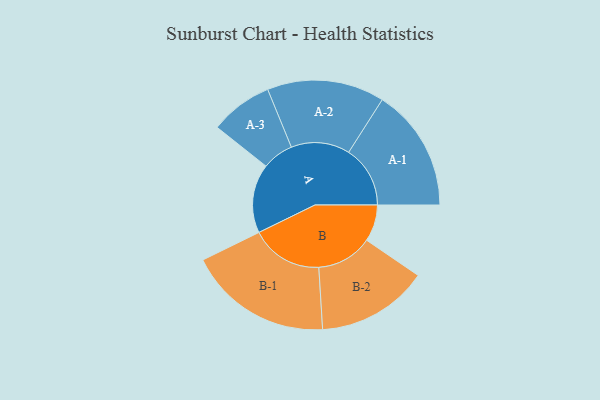
{"axis": {"x": "Segment", "y": "Value"}, "legend": ["", "A", "B"], "data": [{"x": "A", "y": 220, "type": ""}, {"x": "B", "y": 117, "type": ""}, {"x": "A-1", "y": 196, "type": "A"}, {"x": "A-2", "y": 187, "type": "A"}, {"x": "A-3", "y": 100, "type": "A"}, {"x": "B-1", "y": 230, "type": "B"}, {"x": "B-2", "y": 178, "type": "B"}]}